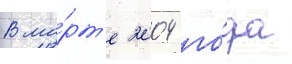
В ма́рт'е 2004 го́да